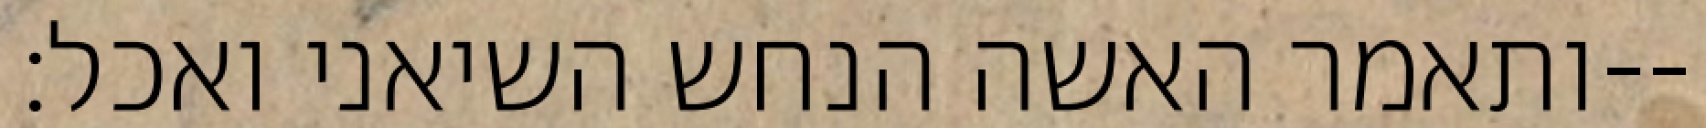
ותאמר האשה הנחש השיאני ואכל׃--